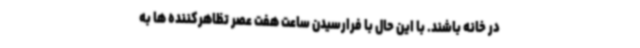
در خانه باشند. با این حال با فرارسیدن ساعت هفت عصر تظاهرکننده ها به